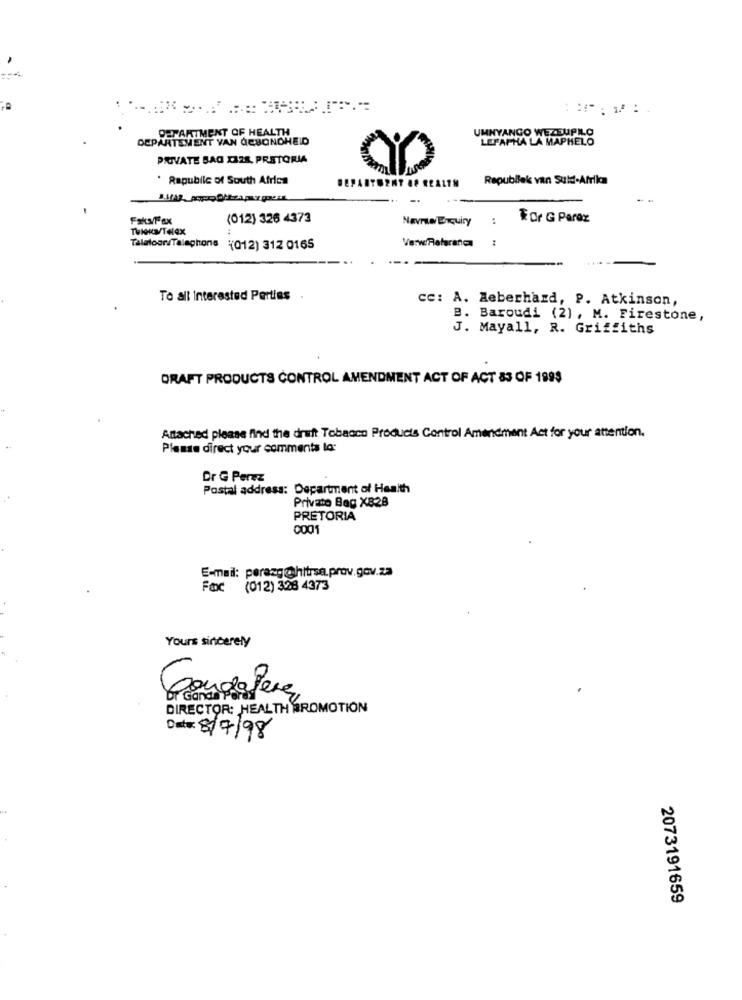
DEPARTMENT OF HEALTH
DEPARTEMENT VAN ACSONOHEID
UMNYANGO WEZEUPILO
LEPAFHA LA MAPHELO
PIUVATE BAG X32S, PRSTORIA
. Republic of South Africa
Republiek van Suld-Afrika
DEPARTMENT 48 REAL7M
(012) 326 4373
Navrw/ Enquiry :
For G Paraz
TWIGKM/TeleX
Taleloor Telephone
Verw/Referanc :
(012) 312 0165
To all Interested Parties .
cc: A. Aeberhard, P. Atkinson,
B. Baroudi (2) , M. Firestone,
J. Mayall, R. Griffiths
DRAFT PRODUCTS CONTROL AMENDMENT ACT OF ACT 83 OF 199$
Attached please find the draft Tobacco Products Control Amendment Act for your attention.
Please direct your comments la:
Dr G Perez
Postal address: Department of Health
Privato Bag X828
PRETORIA
0001
E-mail: perazg@hitrsa.prov.gov.za
Fax (012) 328 4373
Yours sincerely
Gongopere,
DIRECTOR: HEALTH PROMOTION
Data: 8/7/98
2073191659